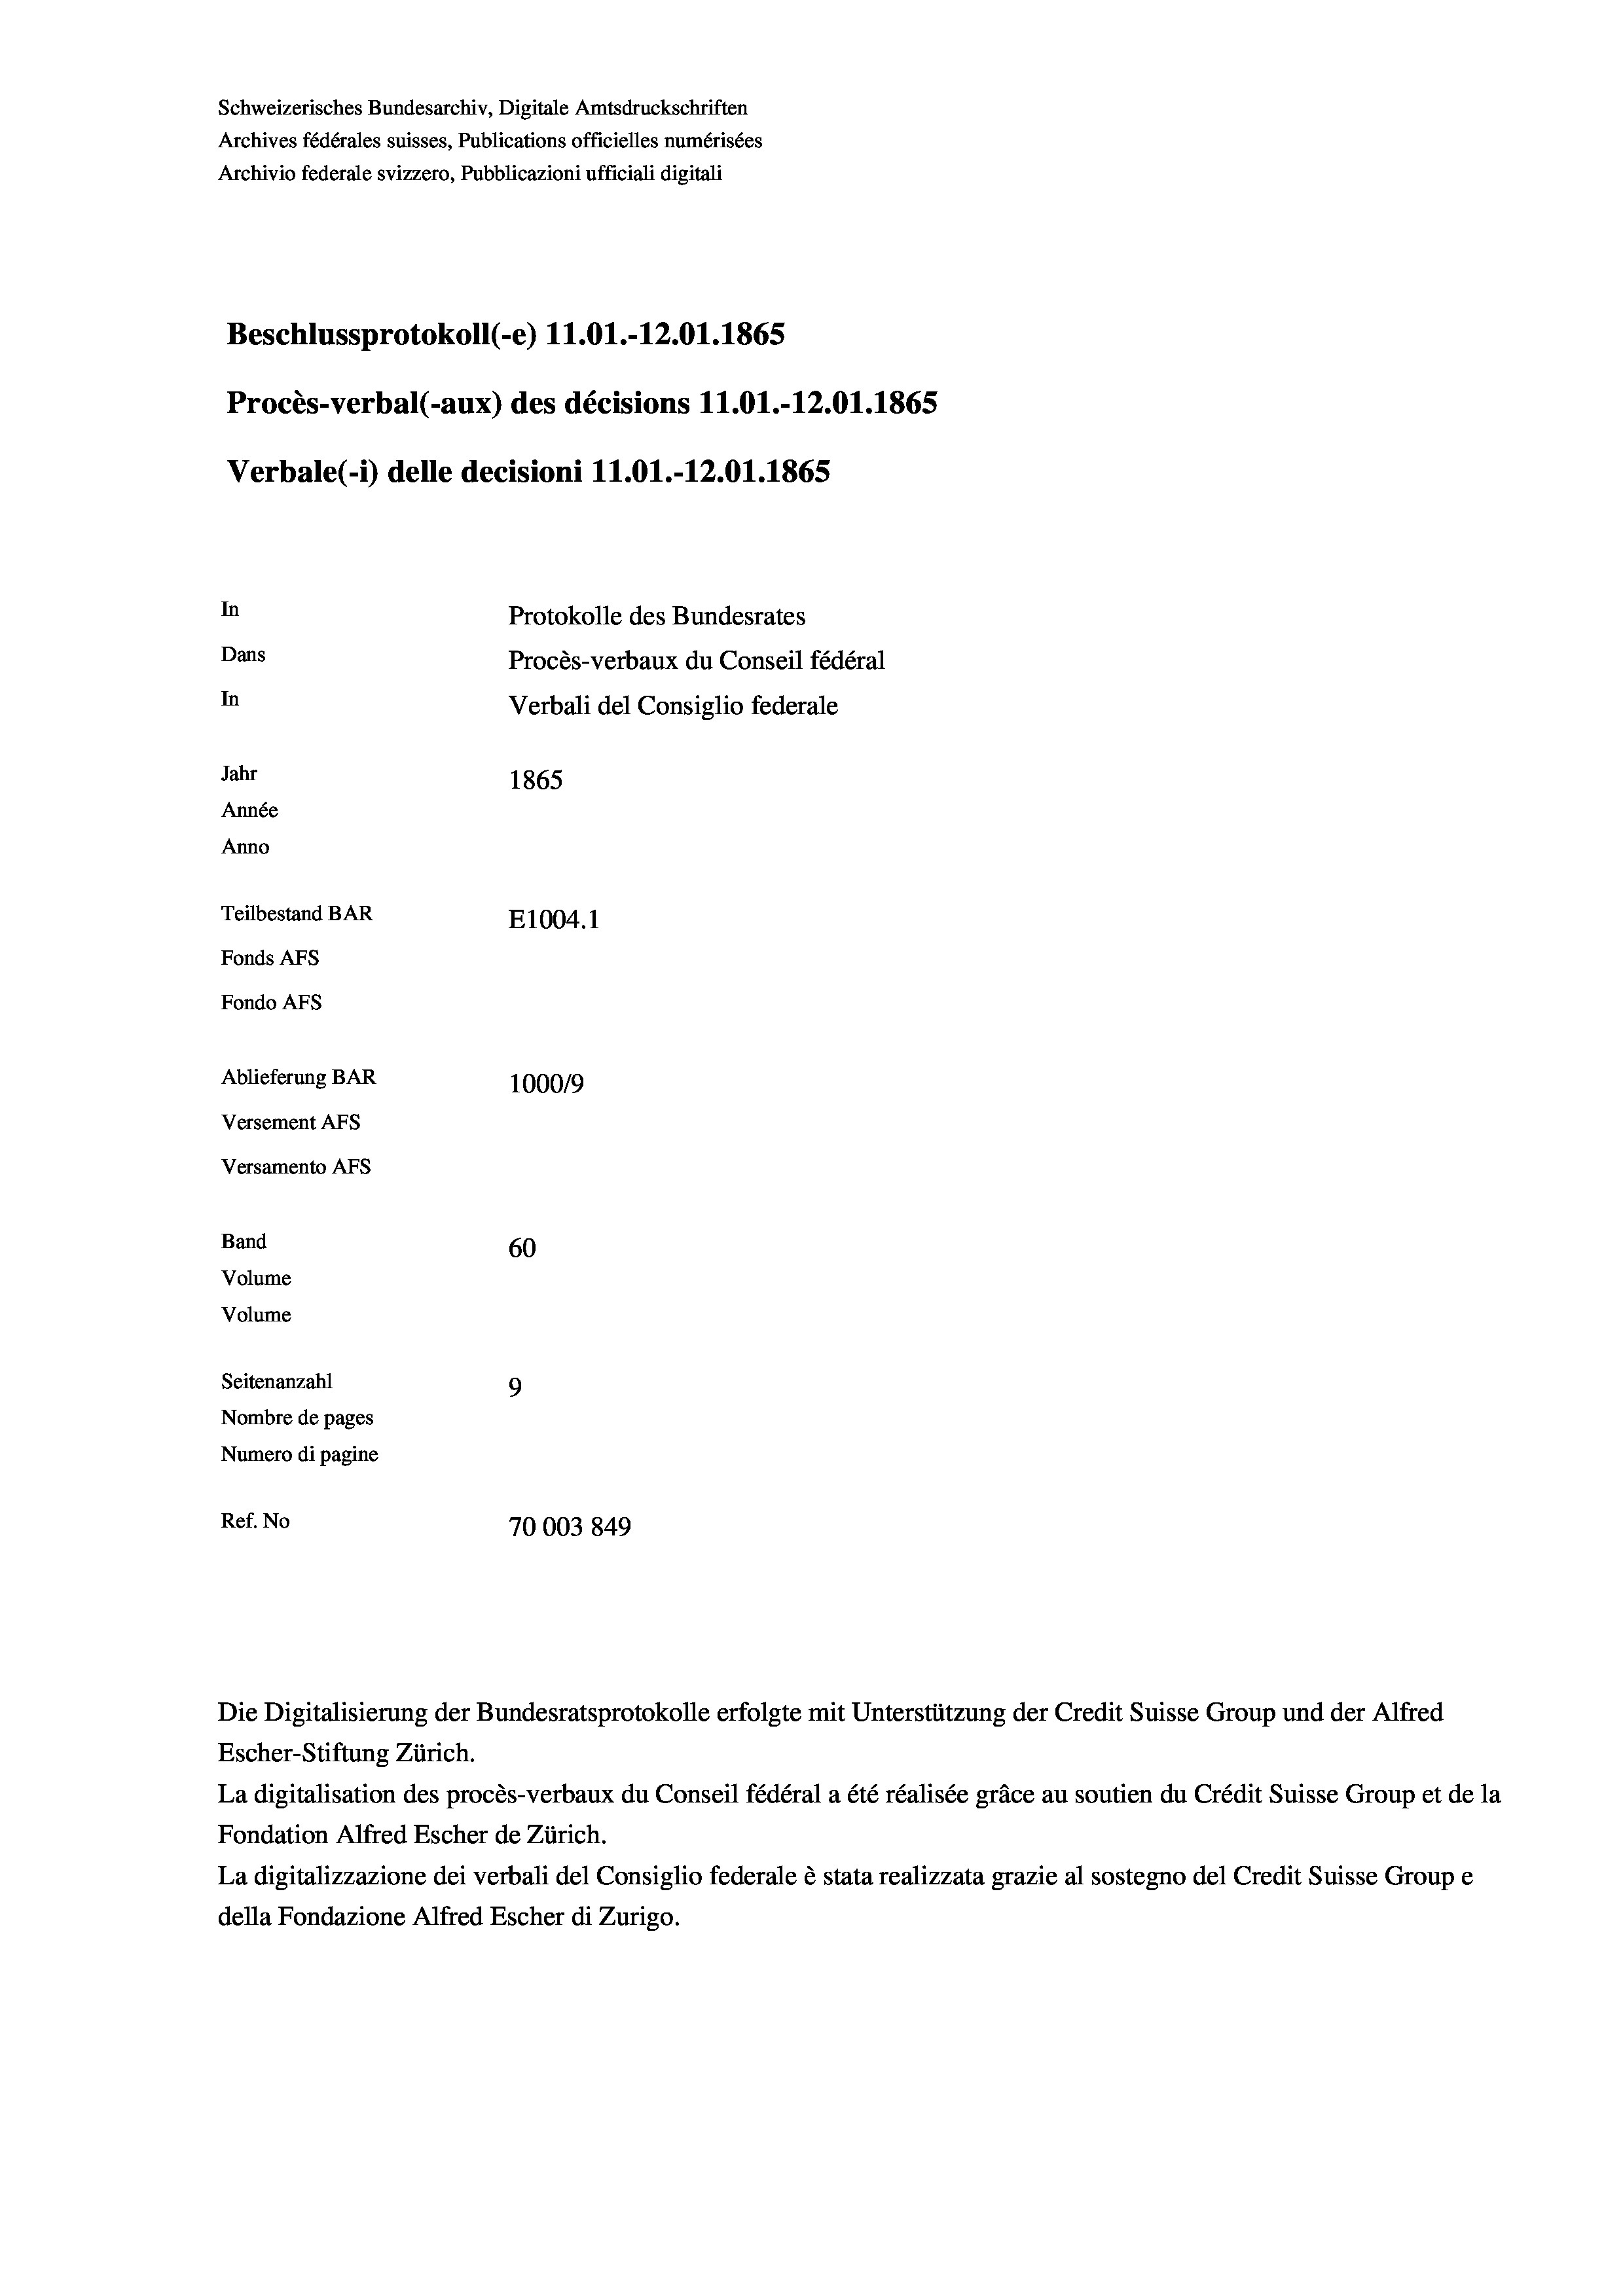
Schweizerisches Bundesarchiv, Digitale Amtsdruckschriften
Archives fédérales suisses, Publications officielles numérisées
Archivio federale svizzero, Pubblicazioni ufficiali digitali
Beschlussprotokoll (-e) 11.01.-12.01.1865
Procès-verbal (-aux) des décisions 11.01.-12.01. 1865
Verbale (1) delle decisioni 11.01.-12.01. 1865
In
Protokolle des Bundesrates
Dans
Procès-verbaux du Conseil fédéral
In
Verbali del Consiglio federale
Jahr
1865
Année
Anno
Teilbestand BAR
E1004.1
Fonds AFs
Fondo Afs
Ablieferung BAR
100019
Versement AFs
Versamento Afs
Band
60
Volume
Volume
Seitenanzahl
9
Nombre de pages
Numero di pagine
Ref. No
70003 849

Die Digitalisierung der Bundesratsprotokolle erfolgte mit Unterstützung der Credit Suisse Group und der Alfred
La digitalisation des procès-verbaux du Conseil fédéral a été réalisée gräce au soutien du Crédit Suisse Group et de la

Fondation Alfred Escher de Zürich.
La digitalizzazione dei verbali del Consiglio federale è stata realizzata grazie al sostegno del Credit Suisse Groupe
della Fondazione Alfred Escher di Zurigo.

Escher-Stiftung Zürich.